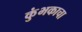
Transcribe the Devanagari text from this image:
कुंभकाचा